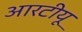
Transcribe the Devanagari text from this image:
आरटीयू